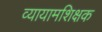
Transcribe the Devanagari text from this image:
व्यायामशिक्षक